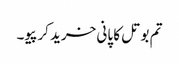
تم بوتل کا پانی خرید کر پیو۔